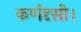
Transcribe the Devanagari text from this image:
कर्णदृसी।